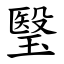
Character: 瑿